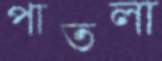
পাতলা